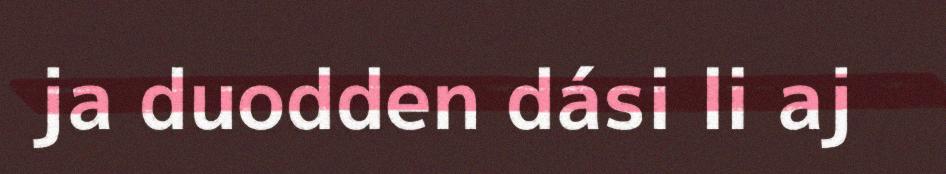
ja duodden dási li aj